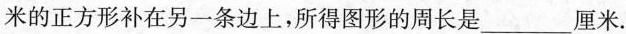
米的正方形补在另一条边上，所得图形的周长是___厘米.